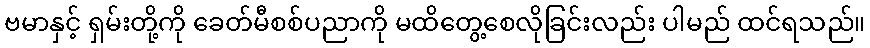
ဗမာနှင့် ရှမ်းတို့ကို ခေတ်မီစစ်ပညာကို မထိတွေ့စေလိုခြင်းလည်း ပါမည် ထင်ရသည်။